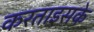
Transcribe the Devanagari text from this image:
करताइसके